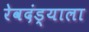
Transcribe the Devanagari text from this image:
रेवदंड्याला